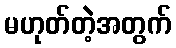
မဟုတ်တဲ့အတွက်